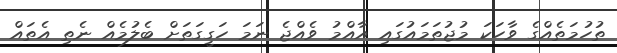
ތުހުމަތެއްގެ ވާހަކަ މުޖުތަމައުގައި އާއްމު ވެއްޖެ ނަމަ ހަގީގަތަށް ބެލުމެއް ނެތި އެތައް